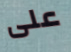
على